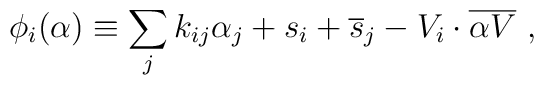
\phi_i(\alpha)\equiv\sum_j k_{ij}\alpha_j + s_i +{\overline s}_j -V_i\cdot {\overline{\alpha V}}~,